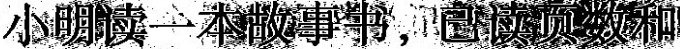
小明读一本故事书，已读页数和